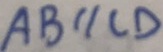
A B / / C D